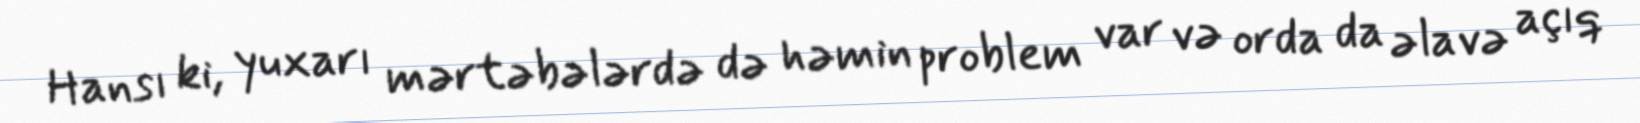
Hansı ki, yuxarı mərtəbələrdə də həmin problem var və orda da əlavə açıq